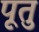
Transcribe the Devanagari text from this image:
पूतु